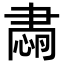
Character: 𦘡